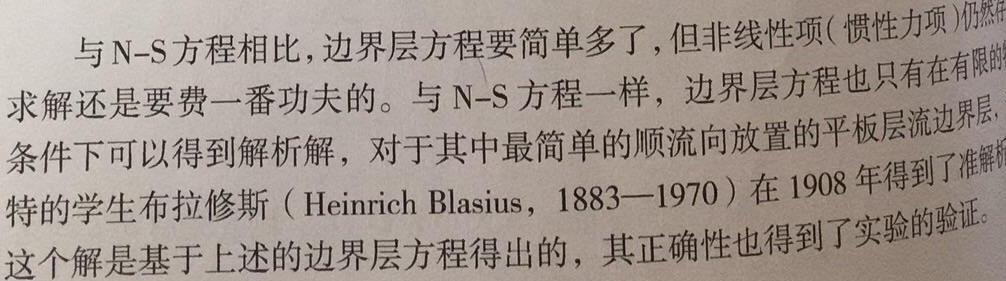
与N-S方程相比,边界层方程要简单多了,但非线性项(惯性力项)仍然存在,求解还是要费一番功夫的。与N-S方程一样,边界层方程也只有在有限的条件下可以得到解析解,对于其中最简单的顺流向放置的平板层流边界层,普朗特的学生布拉修斯(Heinrich Blasius, 1883—1970)在1908年得到了准确解。这个解是基于上述的边界层方程得出的,其正确性也得到了实验的验证。